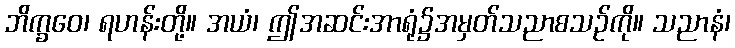
ဘိက္ခဝေ၊ ရဟန်းတို့။ အယံ၊ ဤအဆင်းအာရုံ၌အမှတ်သညာစသဉ်ကို။ သညာနံ၊